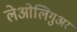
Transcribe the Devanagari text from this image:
लेओलिगुअर